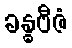
ခန္ဓဗီဇံ